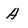
Character: A